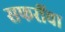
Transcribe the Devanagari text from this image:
सफरींचा